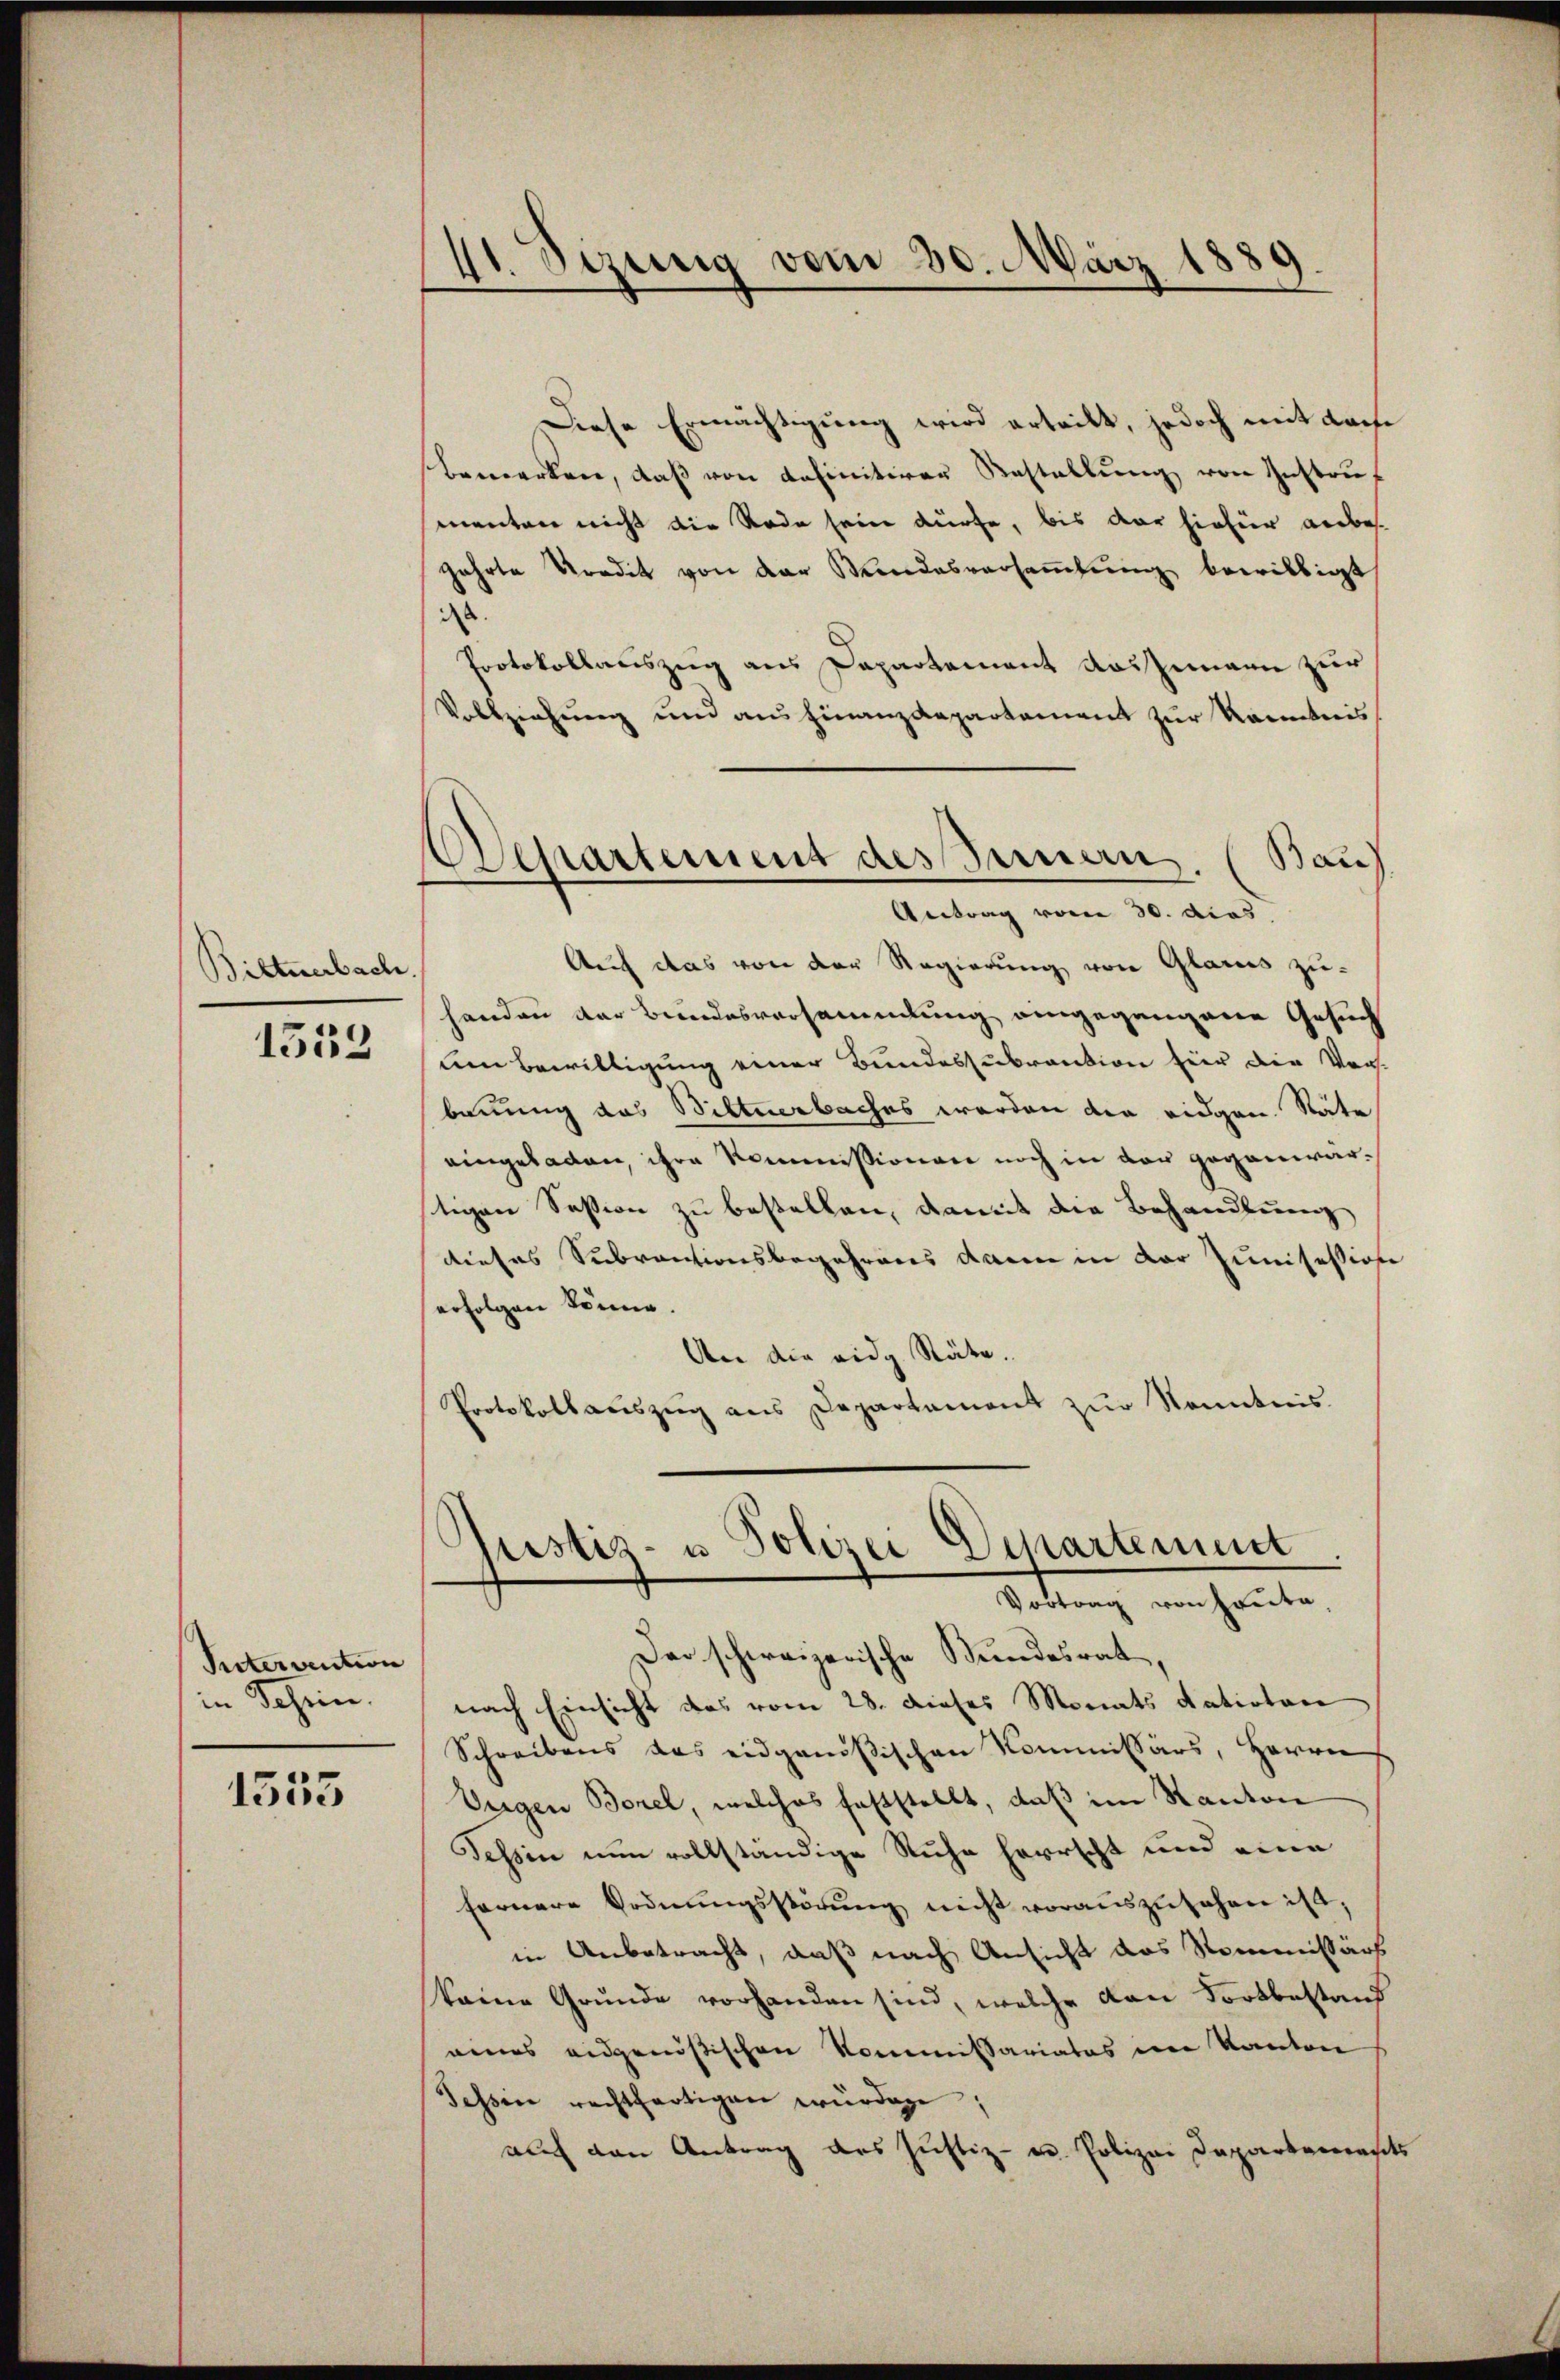
Biltnerbach.

1553

Intervention
in Schein.

1555

d
41. Sizung vom 30. März 1

Diese Ermächtigung wird erteilt, jedoch mit doche
bemerken, daß von definitiven Bestellŭng von Instruf
menten nicht die Rode sein dürfe, bis der hiefür anbegahrte Kredit von der Mandesversammlung bewilligt
.
Protokollauszug aus Departement Rossemann zur
Vollziehung und aus Finanzdepartement zur Kenntnis
Auf das von der Regierung von Glarus zuhanden der Bundesversammlung eingegangene Gesuch
um Bewilligung einer Bundessubvention für die Vers.
bauung das Bitterbaches werden der eidgen. Stäte
eingeladen, ihre Kommissionen noch in der gegenwärtigen Session zu bestellen, damit die Behandlung
dieses Subventionsbegehrens dann in der Junisession
erfolgen könne.
An die eidg. Räte.
Protokollauszug aus Departament zur Kenntnis.

Departement des Bernen. (Bau
Antrag vom 30. Acas.

Justiz- u Polizei Departement
Vortrag von Freite,

Der schweizerische Bundesrat,
nach Einsicht das vom 28. dieses Monats datiotare
Schreibens des eidgenößischen Kommissärs, Herrn
Tugen Borel, welches feststellt, daß im Kanton
Tessin nun vollständige Ruhe herrscht und eine
fernere Ordnungsstörŭng nicht vorauszusehen ist,
in Anbetracht, daß nach Ansicht das Kommissärs
keine Grunde vorhanden sind, welche dan Fortbestand
eines eidgenößischen Kommissariates im Kanton
Tessin rechthartigen würdige;
auch den Antrag des Justiz- u. Polizei Departements